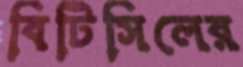
বিটিসিলের